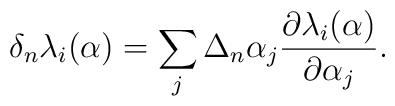
\delta_n\lambda_i(\alpha)=\sum_j\Delta_n\alpha_j{\partial \lambda_i(\alpha)\over \partial\alpha_j}.